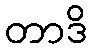
တာဒိ